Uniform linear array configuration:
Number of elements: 8
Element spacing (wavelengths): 0.25
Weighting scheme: hamming
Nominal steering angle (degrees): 60
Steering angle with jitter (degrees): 60.37
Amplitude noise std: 0.05
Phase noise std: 0.05

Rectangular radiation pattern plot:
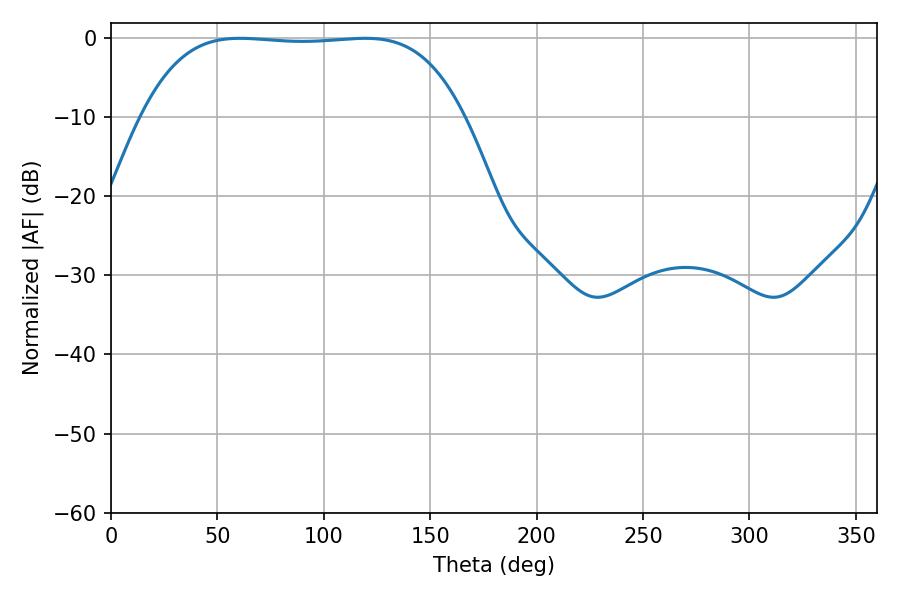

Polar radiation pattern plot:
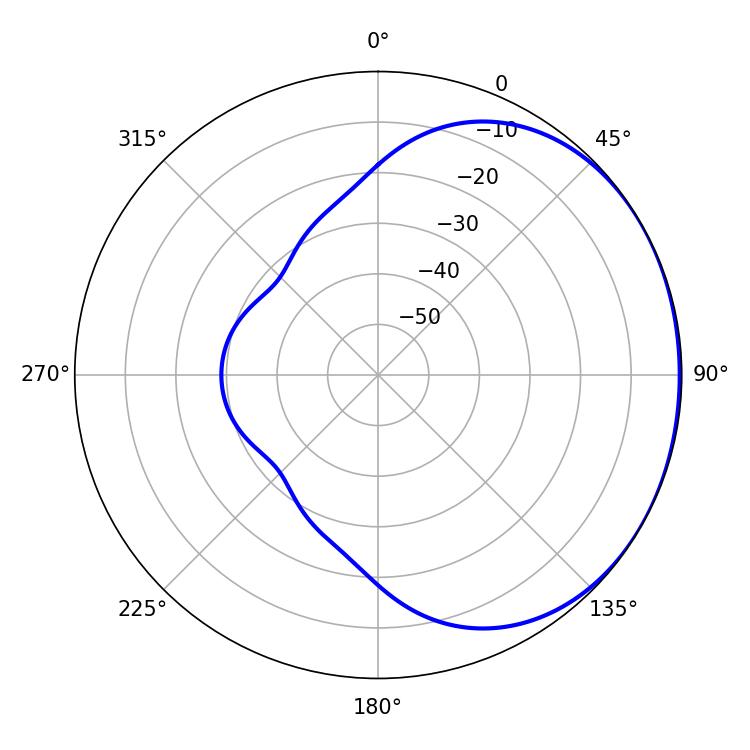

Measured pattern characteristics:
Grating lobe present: FALSE
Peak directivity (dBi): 0.883
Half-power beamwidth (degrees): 117.72
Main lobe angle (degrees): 60.66